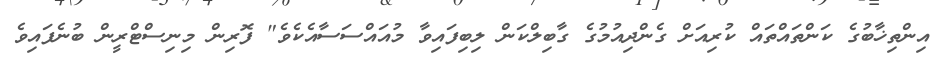
އިންތިޚާބުގެ ކަންތައްތައް ކުރިއަށް ގެންދިއުމުގެ ގާބިލްކަން ލިބިފައިވާ މުއައްސަސާއެކެވެ" ފޮރިން މިނިސްޓްރީން ބުނެފައިވެ